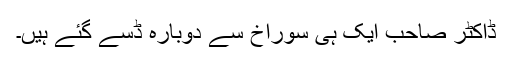
ڈاکٹر صاحب ایک ہی سوراخ سے دوبارہ ڈسے گئے ہیں۔